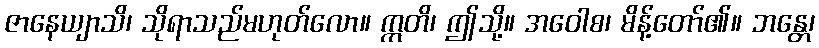
ဇာနေယျာသိ၊ သိုရာသည်မဟုတ်လော။ ဣတိ၊ ဤသို့။ အဝေါစ၊ မိန့်တော်၏။ ဘန္တေ၊